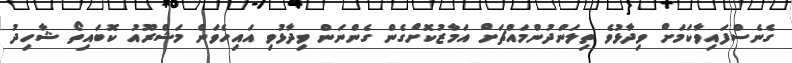
ގެނެސްފައިވާކަމަށް ވިދާޅުވެ ތިލަންދުންމައްޗަށް އަމާޒުކޮށްގެން ގެންނަން ވިދާޅުވި އައިހެވަން މަޝްރޫއު ކޮބައިތޯ ޝާހިދު